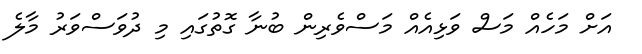
އަށް މަހެއް މަސް ވަޅިއެއް މަސްވެރިން ބުނާ ގޮތުގައި މި ދުވަސްވަރު މާލެ